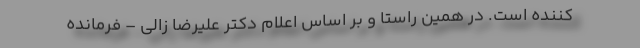
کننده است. در همین راستا و بر اساس اعلام دکتر علیرضا زالی – فرمانده